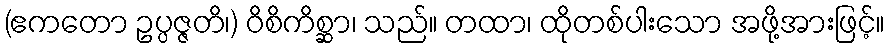
(ဧကတော ဥပ္ပဇ္ဇတိ၊) ဝိစိကိစ္ဆာ၊ သည်။ တထာ၊ ထိုတစ်ပါးသော အဖို့အားဖြင့်။